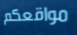
مواقعكم